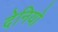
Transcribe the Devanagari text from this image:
देनियो